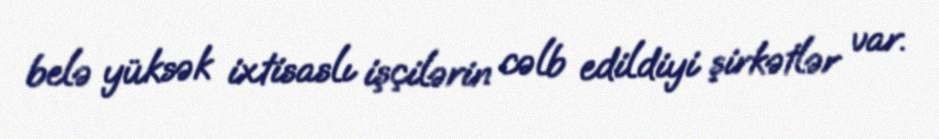
belə yüksək ixtisaslı işçilərin cəlb edildiyi şirkətlər var.